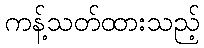
ကန့်သတ်ထားသည့်